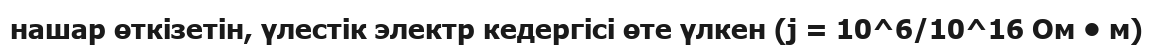
нашар өткізетін, үлестік электр кедергісі өте үлкен (j = 10^6/10^16 Ом • м)